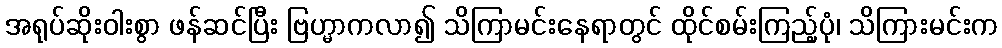
အရုပ်ဆိုးဝါးစွာ ဖန်ဆင်ပြီး ဗြဟ္မာကလာ၍ သိကြာမင်းနေရာတွင် ထိုင်စမ်းကြည့်ပုံ၊ သိကြားမင်းက